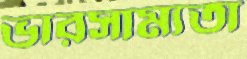
ভারসাম্যতা